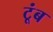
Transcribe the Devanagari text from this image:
टूंब